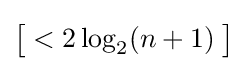
{\bigl [}<2\log _{2}(n+1)\;{\bigr ]}